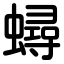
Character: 蟳